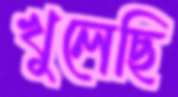
খুলেছি